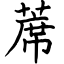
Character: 蓆